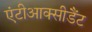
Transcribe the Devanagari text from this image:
एंटीआक्सीडैंट